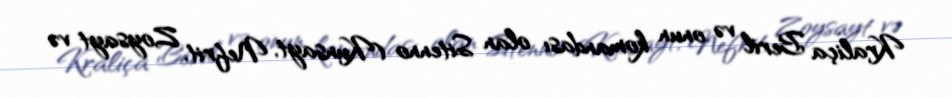
Kraliça Beril və onun komandası olan Sitenno (Kunsayt, Nefrit, Zoysayt və